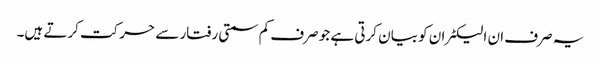
یہ صرف ان الیکٹران کو بیان کرتی ہے جو صرف کم سمتی رفتار سے حرکت کرتے ہیں۔